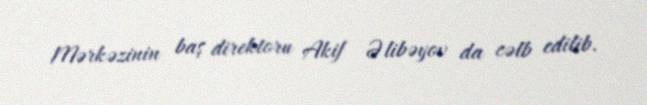
Mərkəzinin baş direktoru Akif Əlibəyov da cəlb edilib.